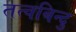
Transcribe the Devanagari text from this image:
तत्वबिन्दु